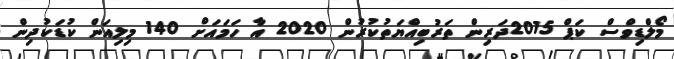
މޯލްޑިވްސް ކަޕް 2015ދަރިން ތަރުބިއްޔަތުކުރުން 2020 އާ ހަމައަށް 140 މިލިއަން ކުޑަކުދިން